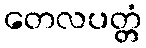
တေလပတ္တံ